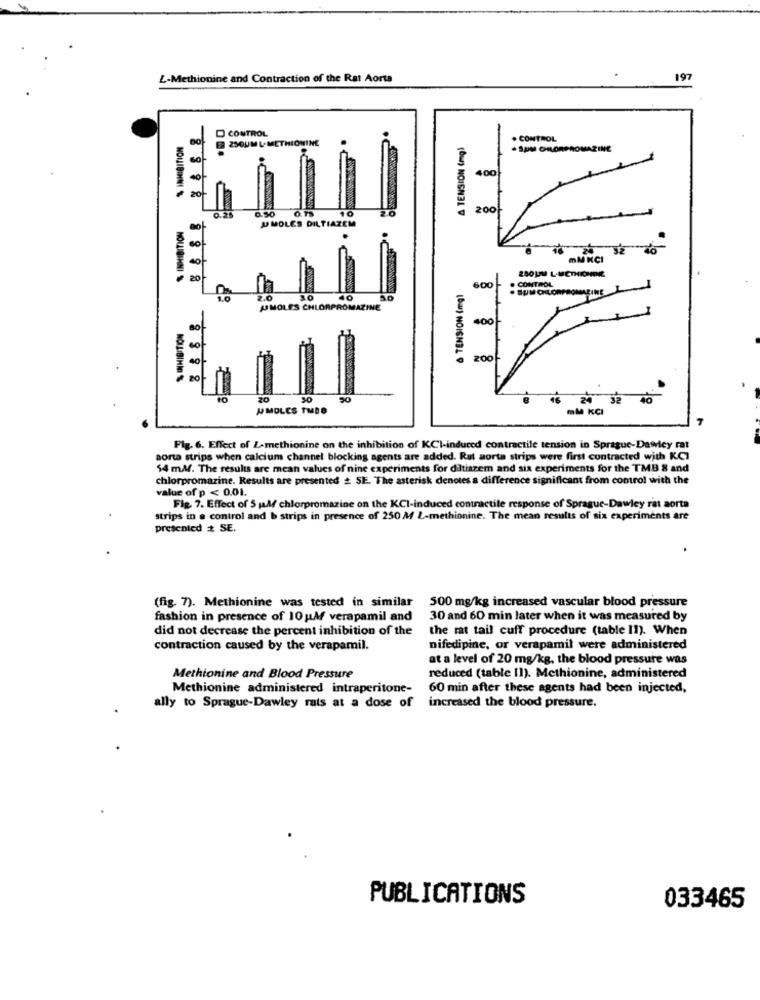
L-Methionine and Contraction of the Rat Aorta
197
CONTROL
E 25OUML-METHIONINE
& TENSION (mg)
. CONTROL
-SOM CHLORPROMAZINE
400
NOUIBINN! $
8888
0.21
0.50
O.TS
2.0
200
J MOLES DILTIAZEM
mM KCI
280UM L-METHIONINE
NOWJOSHNI $
20
600
CONTROL
& TENSION (mg)
2.0
40
AMOLES CHLORPROMAZINE
400
40
NOLLIBINNI %
20
50
24
UMOLES THED
mM KCI
Fig. 6. Effect of L-methionine on the inhibition of KCI-induced contractile tension in Sprague-Dasley rat
aorta strips when calcium channel blocking agents are added. Rut aorta strips were first contracted with KCI
54 mM. The results are mean values of nine experiments for diltiazem and six experiments for the TMB 8 and
chlorpromazine. Results are presented & SE. The asterisk denotes a difference significant from control with the
value of p < 0.01.
Fig. 7. Effect of 5 pal chlorpromazine on the KCI-induced contractile response of Sprague-Dawley rat aorta
strips in @ control and b strips in presence of 250 M 2-methionine. The mean results of six experiments are
presented # SE.
500 mg/kg increased vascular blood pressure
(fig. 7). Methionine was tested in similar
fashion in presence of 10 ;M verapamil and
30 and 60 min later when it was measured by
did not decrease the percent inhibition of the
the rat tail cuff procedure (table II). When
contraction caused by the verapamil.
nifedipine, or verapamil were administered
at a level of 20 mg/kg, the blood pressure was
Methionine and Blood Pressure
reduced (table II). Methionine, administered
Methionine administered intraperitone-
60 min after these agents had been injected,
ally to Sprague-Dawley rats at a dose of
increased the blood pressure.
PUBLICATIONS
033465